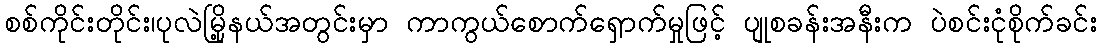
စစ်ကိုင်းတိုင်း၊ပုလဲမြို့နယ်အတွင်းမှာ ကာကွယ်စောက်ရှောက်မှုဖြင့် ပျုစခန်းအနီးက ပဲစင်းငုံစိုက်ခင်း